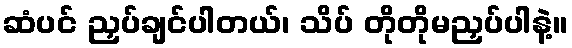
ဆံပင် ညှပ်ချင်ပါတယ်၊ သိပ် တိုတိုမညှပ်ပါနဲ့။